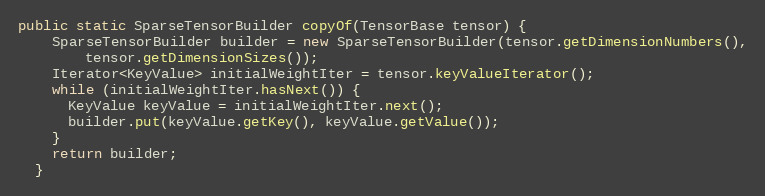
Language: Java
public static SparseTensorBuilder copyOf(TensorBase tensor) {
    SparseTensorBuilder builder = new SparseTensorBuilder(tensor.getDimensionNumbers(),
        tensor.getDimensionSizes());
    Iterator<KeyValue> initialWeightIter = tensor.keyValueIterator();
    while (initialWeightIter.hasNext()) {
      KeyValue keyValue = initialWeightIter.next();
      builder.put(keyValue.getKey(), keyValue.getValue());
    }
    return builder;
  }